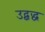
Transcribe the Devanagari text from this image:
उद्बद्ध